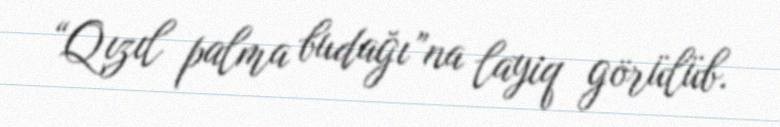
“Qızıl palma budağı”na layiq görülüb.